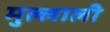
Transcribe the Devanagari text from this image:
मुल्लाली